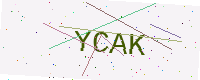
Text: YCAK